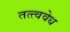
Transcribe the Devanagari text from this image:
तत्त्ववेध